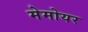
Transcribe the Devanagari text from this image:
मेमोयर